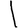
Digit: 1